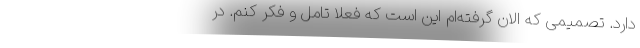
دارد. تصمیمی که الان گرفته‌ام این است که فعلاً تامل و فکر کنم. در